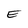
Character: E